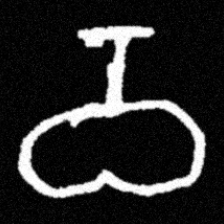
Pyu character \u2014 Myanmar letter: ဝ (romanized: wa)